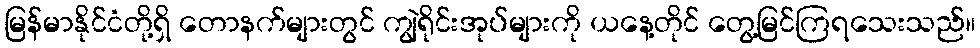
မြန်မာနိုင်ငံတို့ရှိ တောနက်များတွင် ကျွဲရိုင်းအုပ်များကို ယနေ့တိုင် တွေ့မြင်ကြရသေးသည်။